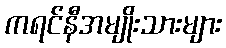
ကရင်နီအမျိုးသားများ